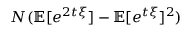
N ( \mathbb { E } [ e ^ { 2 t \xi } ] - \mathbb { E } [ e ^ { t \xi } ] ^ { 2 } )